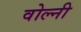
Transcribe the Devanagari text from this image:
वोल्नी